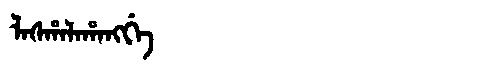
Manchu: ᠯᠠᠰᡥᠠᠯᠠᡥᠠᠩᡤᡝ
Romanization: LASHALAHANGGE